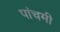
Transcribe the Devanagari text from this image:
पांचमी